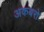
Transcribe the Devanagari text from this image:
अकबरो